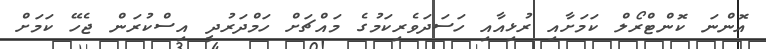
އޮންނަ ކޮންޓްރޯލް ކަމަށާއި ރުޅިއާއި ހަސަދަވެރިކަމުގެ މައްޗަށް ހަމްދަރުދީ އިސްކުރަން ޖެހޭ ކަމަށް